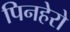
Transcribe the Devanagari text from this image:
पिनहेरो